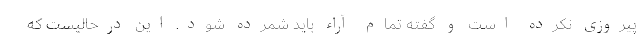
پیروزی نکرده است و گفته تمام آراء باید شمرده شود. این درحالیست که